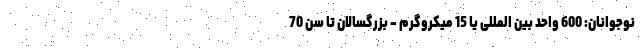
نوجوانان: 600 واحد بین المللی یا 15 میکروگرم - بزرگسالان تا سن 70